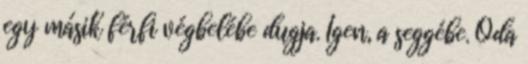
egy másik férfi végbelébe dugja. Igen, a seggébe. Oda